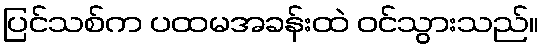
ပြင်သစ်က ပထမအခန်းထဲ ဝင်သွားသည်။